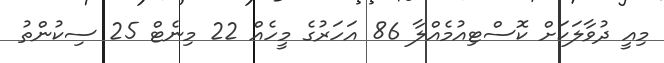
މިއީ ދުވާލަކަށް ކޮސްޓިއުމެއްލާ 86 އަހަރުގެ މީހެއް 22 މިނެޓް 25 ސިކުންތު